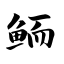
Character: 鲕